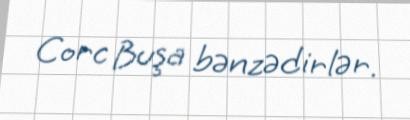
Corc Buşa bənzədirlər.